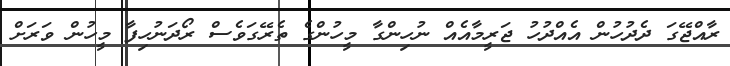
ރާއްޖޭގަ ދެދުހުން އެއްދުހު ޖަރީމާއެއް ނުހިންގާ މީހުންގެ ތެރޭގަވެސް ރޯދަނުހިފާ މީހުން ވަރަށް